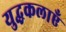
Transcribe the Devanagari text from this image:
युद्धकलाएँ